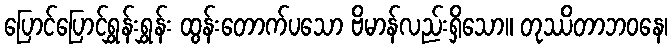
ပြောင်ပြောင်ရွှန်းရွှန်း ထွန်းတောက်ပသော ဗိမာန်လည်းရှိသော။ တုဿိတာဘဝနေ၊